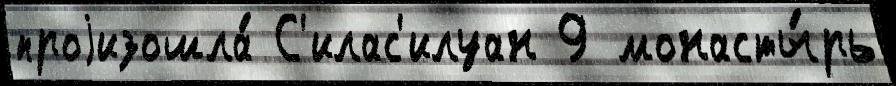
проjизошла́ С'илас'илуан 9 монасты́рь